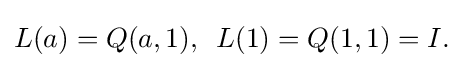
\displaystyle {L(a)=Q(a,1),\,\,\,L(1)=Q(1,1)=I.}